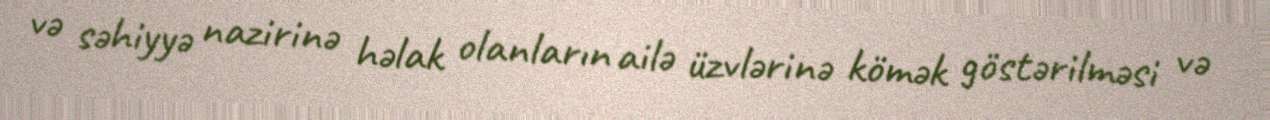
və səhiyyə nazirinə həlak olanların ailə üzvlərinə kömək göstərilməsi və